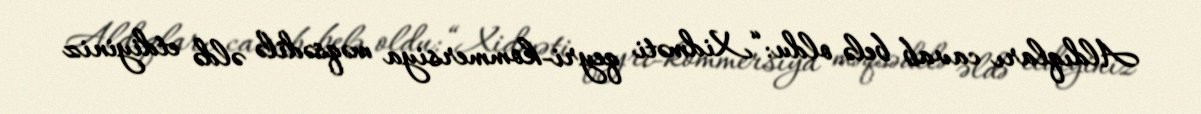
Aldıqları cavab belə oldu: “Xidməti qeyri-kommersiya məqsədilə əldə etdiyiniz